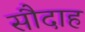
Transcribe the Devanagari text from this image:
सौदाह